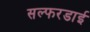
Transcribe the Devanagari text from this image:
सल्फरडाई